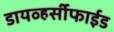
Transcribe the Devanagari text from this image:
डायव्हर्सीफाईड